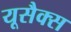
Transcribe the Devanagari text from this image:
यूसैक्स